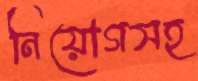
নিয়োগসহ